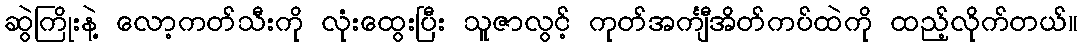
ဆွဲကြိုးနဲ့ လော့ကတ်သီးကို လုံးထွေးပြီး သူဇာလွင့် ကုတ်အင်္ကျီအိတ်ကပ်ထဲကို ထည့်လိုက်တယ်။